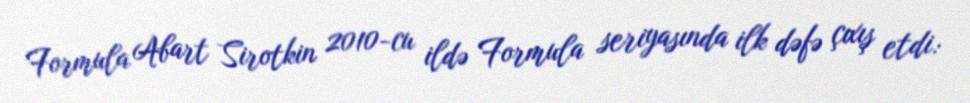
Formula Abart Sirotkin 2010-cu ildə Formula seriyasında ilk dəfə çıxış etdi: